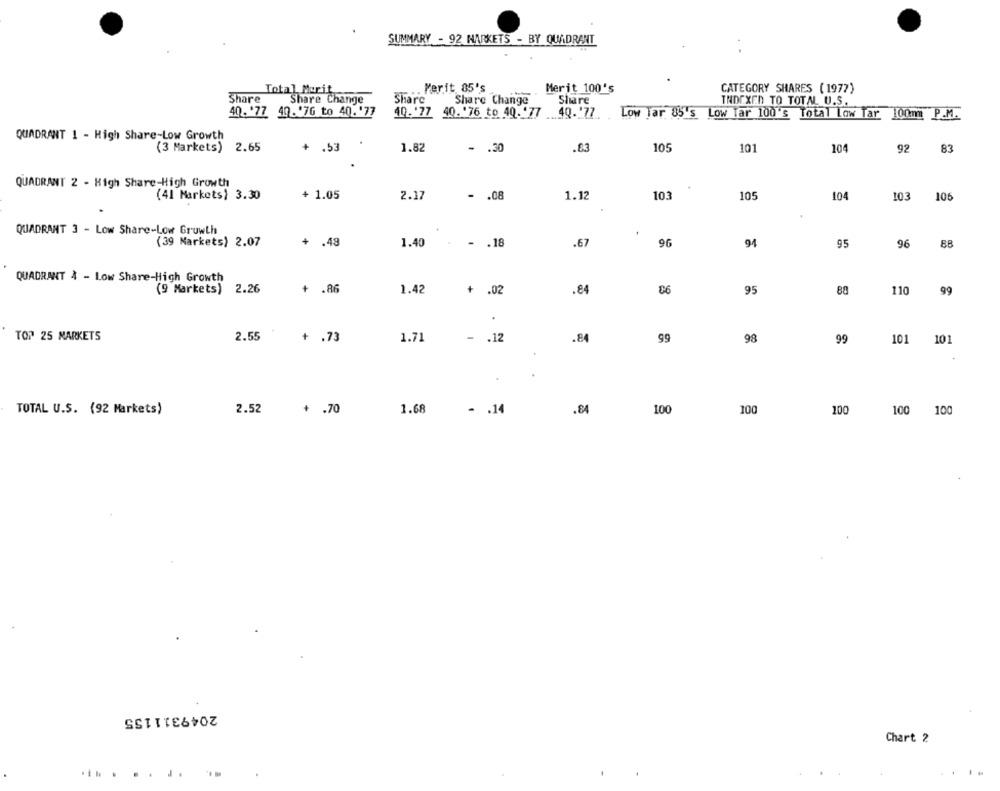
SUMMARY - 92 NARKETS - BY QUADRANT
Perit. 85's
Merit 100's
CATEGORY SHARES ( 1977)
Total Morit
-
Share
Share Change
Share
Share Change
Share
INDEXED TO TOTAL U.S.
40. '77 40. '76 to 40.'77
40. '77 40. '76 to 40.'77
.4Q. 177. Low Tar 85's Low tar 100's Total Low Tar 100mm
.40.177.
P.M.
QUADRANT 1 - High Share-Low Growth
(3 Markets) 2.65
+ .53
1.82
-
.30
.83
105
101
104
92
83
QUADRANT 2 - High Share-High Growth
(41 Markets) 3.30
+ 1.05
2.17
- . 08
1.12
103
105
104
103
106
QUADRANT 3 - Low Share-Low Growth
(39 Markets) 2.07
+ .49
1.40
- . 18
.67
96
94
95
96
88
QUADRANT 4 - Low Share-High Growth
(9 Markets)
2.26
+ .86
1.42
+ .02
.84
06
95
88
110
99
TOP 25 MARKETS
2.55
+ .73
1.71
- . 12
.84
99
98
99
101 101
TOTAL U.S. (92 Markets)
2.52
+ .70
1.68
. . 14
.84
100
100
100
100 100
2049311155
Chart 2